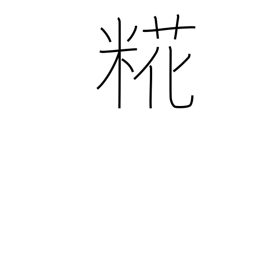
Meaning: malt